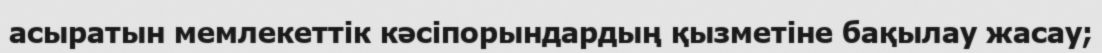
асыратын мемлекеттік кәсіпорындардың қызметіне бақылау жасау;